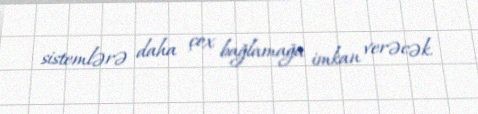
sistemlərə daha çox bağlamağa imkan verəcək.